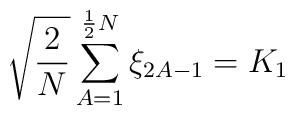
\sqrt{\frac{2}{N}} \sum_{A=1}^{\frac{1}{2}N} \xi_{2A-1} = K_{1}